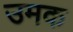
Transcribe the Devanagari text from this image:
उमक